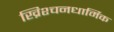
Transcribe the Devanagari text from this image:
ख्रिश्चनधार्मिक